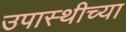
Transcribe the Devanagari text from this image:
उपास्थीच्या